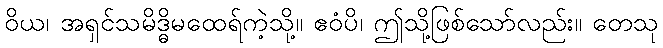
ဝိယ၊ အရှင်သမိဒ္ဓိမထေရ်ကဲ့သို့။ ဧဝံပိ၊ ဤသို့ဖြစ်သော်လည်း။ တေသု